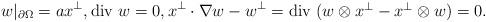
LaTeX: \begin{align*}w|_{\partial\Omega}=ax^\perp, \mbox{div $w$}=0, x^\perp\cdot\nabla w-w^\perp=\mbox{div $(w\otimes x^\perp-x^\perp\otimes w)$}=0.\end{align*}